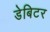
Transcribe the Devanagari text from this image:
डेबिटर